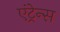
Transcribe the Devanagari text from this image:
एंट्रेन्स